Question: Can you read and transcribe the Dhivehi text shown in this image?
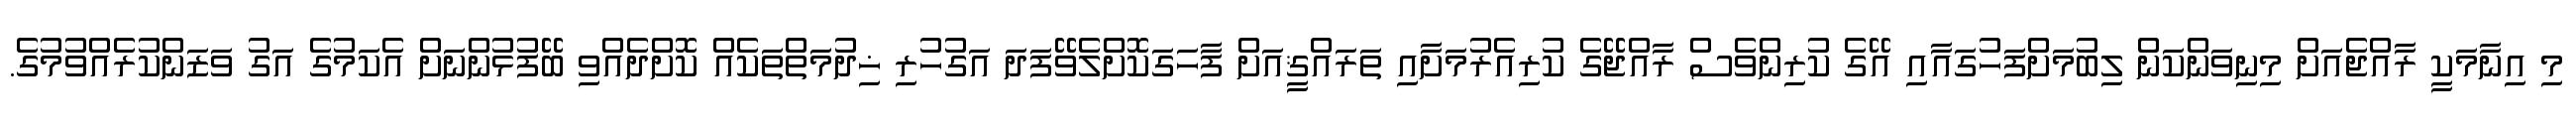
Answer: މި އިނާމަކީ ރާއްޖެއަށް މިނިވަންކަން ލިބުމަށްފަހުގައާއި އޭގެ ކުރިންވެސް ރާއްޖޭގެ ކުރިއެރުމަށާއި ތަރައްޤީއަށް ފާހަގަކޮށްލެވޭފަދަ އަގުހުރި ޚިދުމަތްތަކެއް ކޮށްދެއްވި ބޭފުޅުންނަށް އެކަމުގެ އަގު ވަޒަންކުރެއްވުމުގެ.